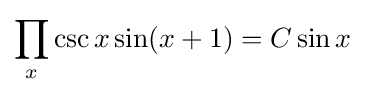
\prod _{x}\csc x\sin(x+1)=C\sin x